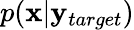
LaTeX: p(\mathbf{x}|\mathbf{y}_{target})